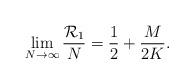
LaTeX: \begin{align*}\lim\limits_{N\rightarrow \infty}\frac{\mathcal{R}_1}{N}=\frac{1}{2}+\frac{M}{2K}.\end{align*}